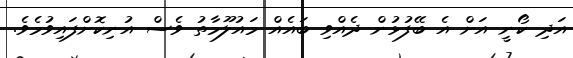
އަދި ކޯނީ އަށް އެ ބޭފުޅުން ދެއްވި ބައެއް މައުލޫމާތު ވެސް އުނިކޮށްފައިވުމެވެ.